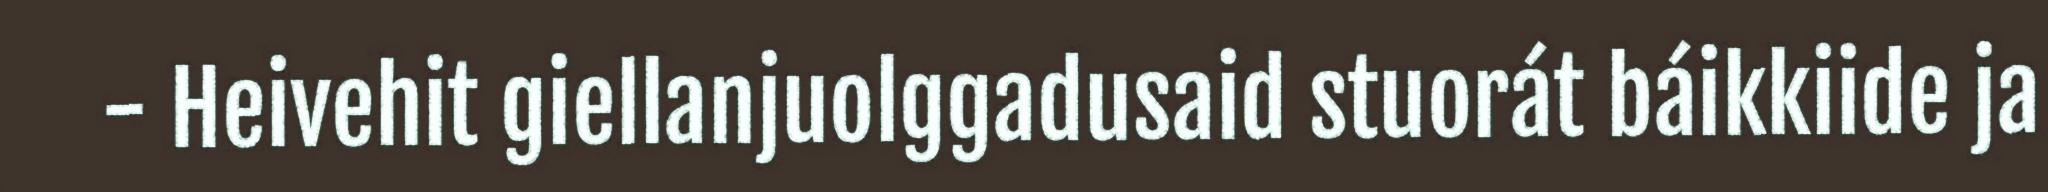
- Heivehit giellanjuolggadusaid stuorát báikkiide ja